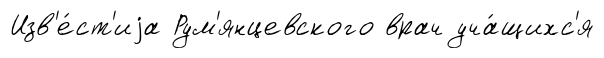
Изв'е́ст'иjа Рум'янцевского врач уча́щихс'я